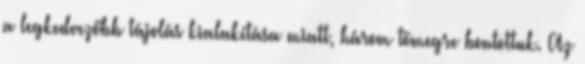
a legkedvezőbb tájolás kialakítása miatt, három tömegre bontottuk. Az